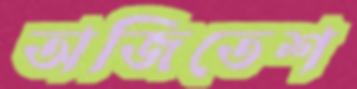
অজিতেশ